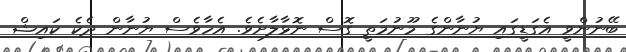
ބޭނުންވީ އެގަޑީގައި ޔުނާންގެ މޫނުމަތީ ގޮސް ނޮޅާލާށެވެ. އެހާވެސް ޔުނާން ދެކެ ކައިޝް